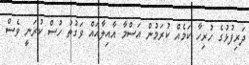
ދަރިފުޅުގެ ހުރިހާ ކަމެއް ކުރަމުން އަސްމާ އާއިލާއައް ވަގުތު ހުސް ކުރަނީ ވެސް